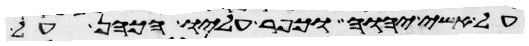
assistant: על אשי יהוה וכפר עליו הכהן על